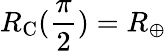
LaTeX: R_{\mathrm{C}}(\frac{\pi}{2})=R_{\oplus}